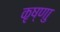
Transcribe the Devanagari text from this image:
कृष्णाु